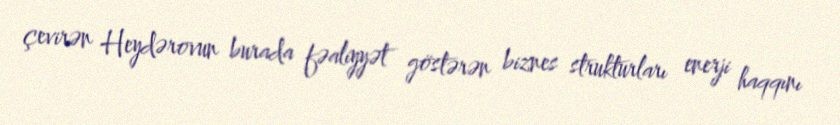
çevirən Heydərovun burada fəaliyyət göstərən biznes strukturları enerji haqqını